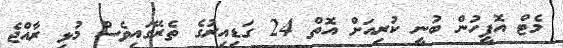
މެޓް އޮފީހުން ބުނީ ކުރިއަށް އޮތް 24 ގަޑިއިރުގެ ތެރޭގައިވެސް މުޅި ރާއްޖެ